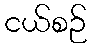
ငယ်စဉ်